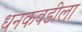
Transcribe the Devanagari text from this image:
धनकवडीला